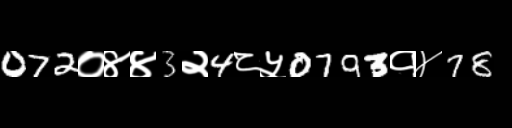
Text: 072०४४3२4८५0793१४78